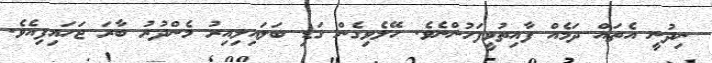
ނިދުނީ އެތައް ދަމެއް ފާއިތުވީފަހުންނެވެ. ހޭލެވިގެން ގަޑި ބަލައިލިއިރު މެންދުރު ބާރަ ޖަހައިފިއެވެ.